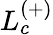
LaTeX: L_{c}^{(+)}